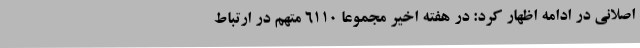
اصلانی در ادامه اظهار کرد: در هفته اخیر مجموعاً 6110 متهم در ارتباط